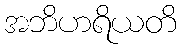
အဘိဟရိယတိ